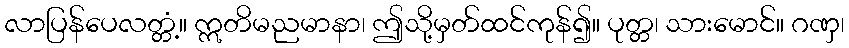
လာပြန်ပေလတ္တံ့။ ဣတိမညမာနာ၊ ဤသို့မှတ်ထင်ကုန်၍။ ပုတ္တ၊ သားမောင်။ ဂဏှ၊